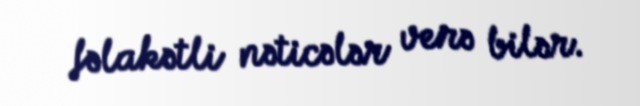
fəlakətli nəticələr verə bilər.